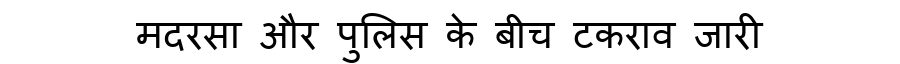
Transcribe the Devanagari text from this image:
मदरसा और पुलिस के बीच टकराव जारी